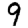
Digit: 9